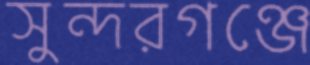
সুন্দরগঞ্জে